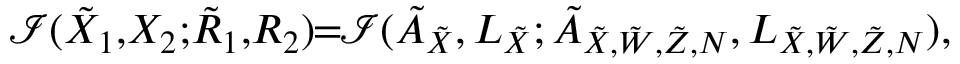
\mathcal { I } ( { { { \tilde { X } } } _ { 1 } } , \! { { { X } } _ { 2 } } ; \! { { { \tilde { R } } } _ { 1 } } , \! { { { R } } _ { 2 } } ) \! \! = \! \! \mathcal { I } ( \tilde { A } _ { { { \tilde { X } } } } , L _ { \tilde { X } } ; \tilde { A } _ { { { \tilde { X } } } , \tilde { W } , \tilde { Z } , N } , L _ { \tilde { X } , \tilde { W } , \tilde { Z } , N } ) ,